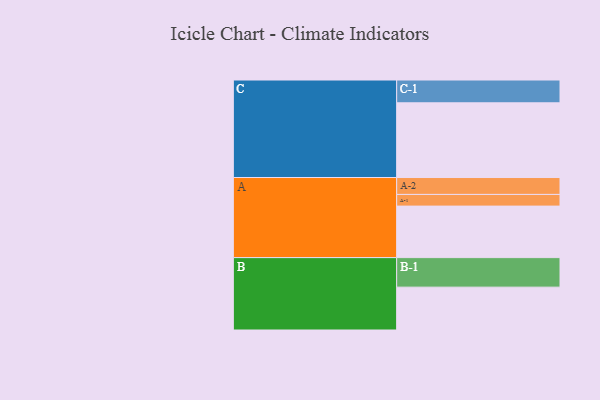
{"axis": {"x": "Segment", "y": "Value"}, "legend": ["", "A", "B", "C"], "data": [{"x": "A", "y": 375, "type": ""}, {"x": "B", "y": 312, "type": ""}, {"x": "C", "y": 544, "type": ""}, {"x": "A-1", "y": 85, "type": "A"}, {"x": "A-2", "y": 123, "type": "A"}, {"x": "B-1", "y": 215, "type": "B"}, {"x": "C-1", "y": 166, "type": "C"}]}